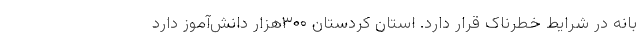
بانه در شرایط خطرناک قرار دارد. استان کردستان ۳۰۰هزار دانش‌آموز دارد